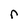
Character: r